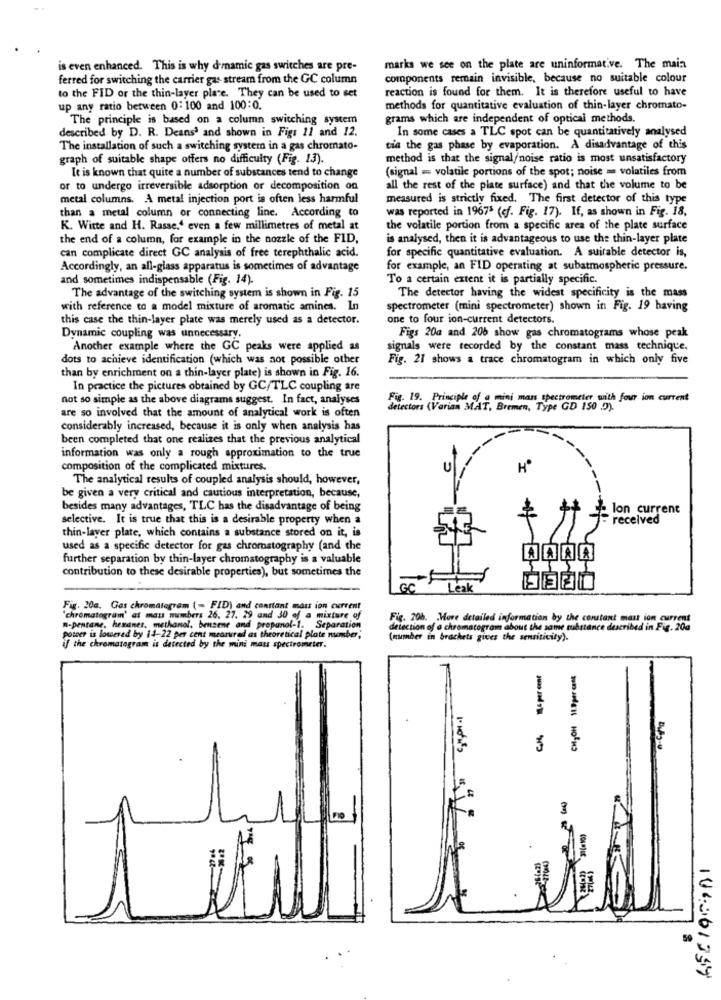
is even enhanced. This is why d'mamic gas switches are pre-
marks we see on the plate are uninformative. The main
ferred for switching the carrier gas stream from the GC column
components remain invisible, because no suitable colour
reaction is found for them. It is therefore useful to have
to the FID or the thin-layer place. They can be used to set
up any ratio between 0:100 and 100:0.
methods for quantitative evaluation of thin-layer chromato-
The principle is based on a column switching system
grams which are independent of optical methods.
described by D. R. Deans3 and shown in Figs 11 and 12.
In some cases a TLC spot can be quantitatively analysed
The installation of such a switching system in a gas chromato-
tia the gas phase by evaporation. A disadvantage of this
graph of suitable shape offers no difficulty (Fig. 13).
method is that the signal/noise ratio is most unsatisfactory
It is known that quite a number of substances tend to change
(signal = volatile portions of the spot; noise = volatiles from
or to undergo irreversible adsorption or decomposition on
all the rest of the plate surface) and that the volume to be
metal columns. A metal injection port is often less harmful
measured is strictly fixed. The first detector of this type
than a metal column or connecting line. According to
was reported in 19675 (cf. Fig. 17). If, as shown in Fig. 18,
K. Witte and H. Rasse." even a few millimetres of metal at
the volatile portion from a specific area of the plate surface
the end of a column, for example in the nozzle of the FID,
is analysed, then it is advantageous to use the thin-layer plate
can complicate direct GC analysis of free terephthalic acid.
for specific quantitative evaluation. A suitable detector is,
Accordingly, an all-glass apparatus is sometimes of advantage
for example, an FID operating at subatmospheric pressure.
and sometimes indispensable (Fig. 14).
To a certain extent it is partially specific.
The detector having the widest specificity is the mass
The advantage of the switching system is shown in Fig. 15
with reference to a model mixture of aromatic amines. In
spectrometer (mini spectrometer) shown in Fig. 19 having
this case the thin-layer plate was merely used as a detector.
one to four ion-current detectors.
Dynamic coupling was unnecessary.
Figs 20a and 206 show gas chromatograms whose peak
Another example where the GC peaks were applied as
signals were recorded by the constant mass technique,
dots to achieve identification (which was not possible other
Fig. 21 shows a trace chromatogram in which only five
than by enrichment on a thin-layer plate) is shown in Fig. 16.
In practice the pictures obtained by GC/TLC coupling are
not so simple as the above diagrams suggest. In fact, analyses
Fig. 19. Principle of a mini mass spectrometer with four ion current
are so involved that the amount of analytical work is often
detectors (Varian MAT.
MAT, Bremen, Type GD 150 D).
considerably increased, because it is only when analysis has
been completed that one realizes that the previous analytical
information was only a rough approximation to the true
composition of the complicated mixtures.
The analytical results of coupled analysis should, however,
be given a very critical and cautious interpretation, because,
besides many advantages, TLC has the disadvantage of being
Ce lon current
selective. It is true that this is a desirable property when a
received
thin-layer plate, which contains a substance stored on it, is
used as a specific detector for gas chromatography (and the
further separation by thin-layer chromatography is a valuable
contribution to these desirable properties), but sometimes the
GC
tak
Fig. 20a. Gas chromatogram (- FID) and constant mart ion current
"chromatogram' at mass numbers 26. 27. 29 and 30 of a mixture of
Fig. 20b. More detailed information by the constant mast ion current
"-pentane, hexanes. methanol, benzene and propanol-1. Separation
detection of a chromatogram about the same substance described in Fig. 20a
potver is lowered by 14-22 per cent measured as theoretical plate number;
(member in brackets gives the sensitivity).
if the chromatogram is detected by the mini mass spectrometer.
6/ 16 per cent
CHJOH 11.9per cent
200
164061394